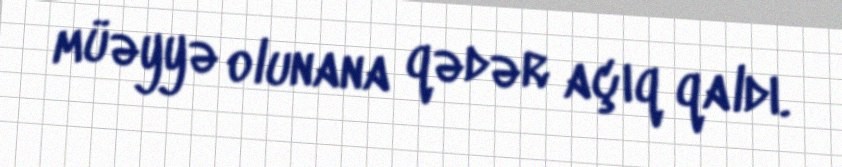
müəyyə olunana qədər açıq qaldı.